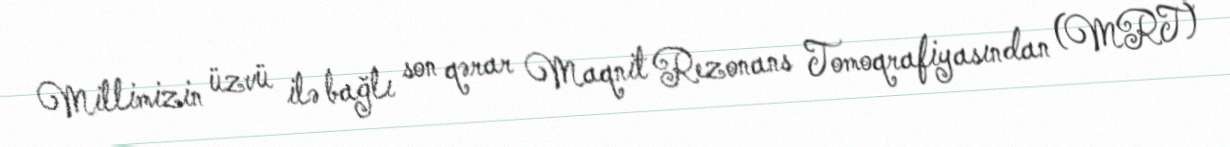
Millimizin üzvü ilə bağlı son qərar Maqnit Rezonans Tomoqrafiyasından (MRT)